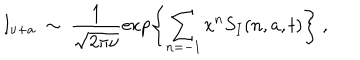
LaTeX: I _ { \nu + a } \ \sim \ \frac { 1 } { \sqrt { 2 \pi \nu } } \exp \left\{ \sum _ { n = - 1 } x ^ { n } S _ { I } ( n , a , t ) \right\} \ ,